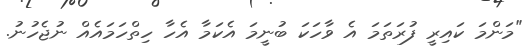
"މަންމަ ކައިރީ ފުރަތަމަ އެ ވާހަކަ ބުނީމަ އެކަމާ އެހާ ހިތްހަމައެއް ނުޖެހުނު.